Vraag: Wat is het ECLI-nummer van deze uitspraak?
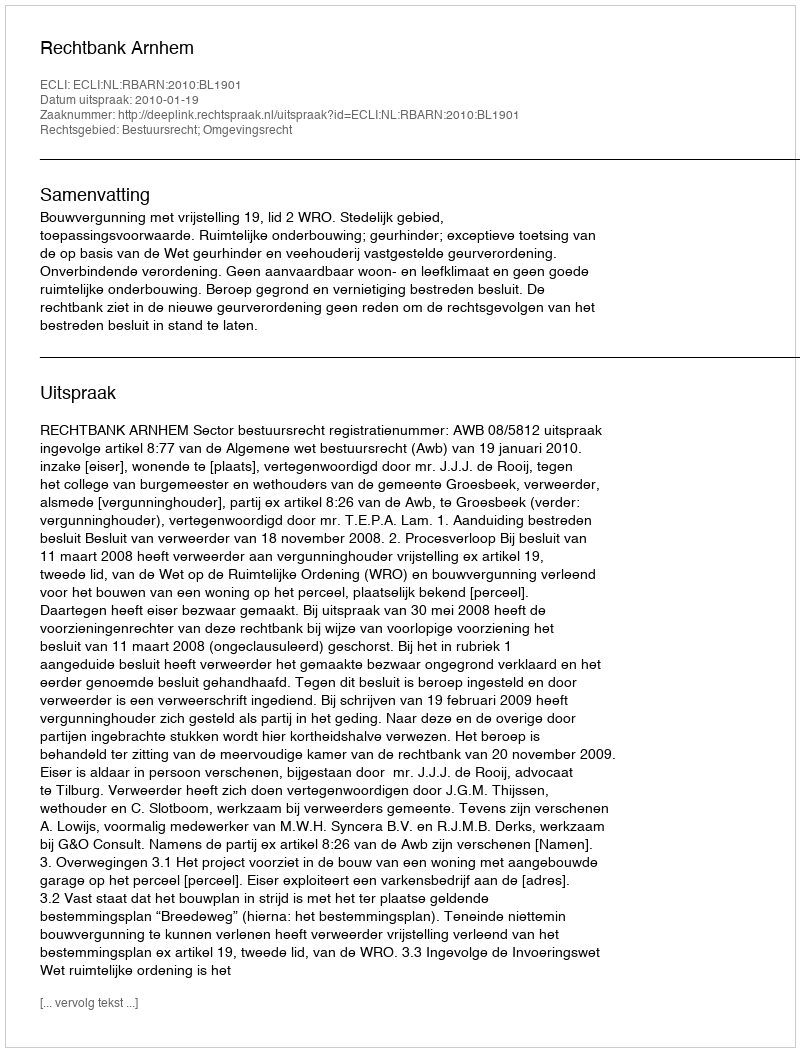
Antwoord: ECLI:NL:RBARN:2010:BL1901